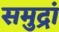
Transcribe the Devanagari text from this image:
समुद्रां